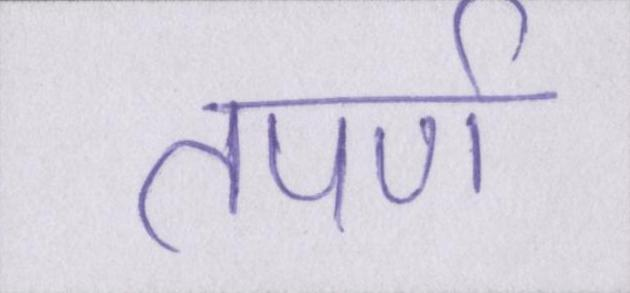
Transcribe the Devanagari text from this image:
तपर्ण